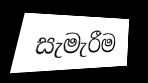
සැමැරීම